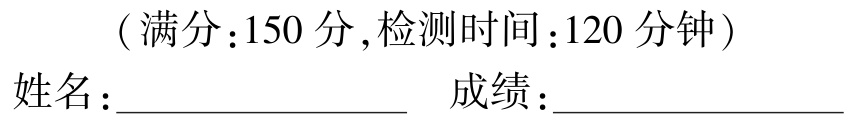
（满分：150 分，检测时间：120 分钟）
姓名：______________  成绩：______________